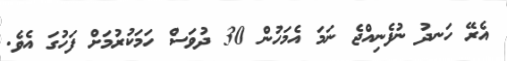
އެރޭ ހަނދު ނުފެނިއްޖެ ނަމަ އެމަހުން 30 ދުވަސް ހަމަކުރުމަށް ފަހުގަ އެވެ.